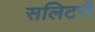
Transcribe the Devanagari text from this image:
सलिटरी